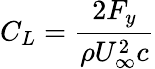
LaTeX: C_{L}=\frac{2F_{y}}{\rho U_{\infty}^{2}c}